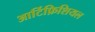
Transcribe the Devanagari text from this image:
आर्टिफ़िशियल